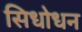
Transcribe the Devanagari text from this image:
सिधोधन